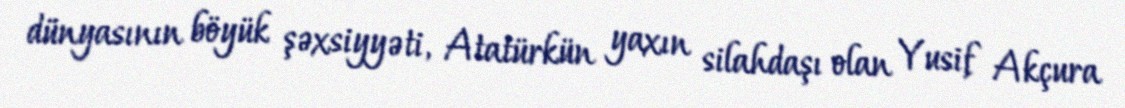
dünyasının böyük şəxsiyyəti, Atatürkün yaxın silahdaşı olan Yusif Akçura